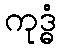
ကုဒ္ဓံ